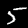
Digit: 5